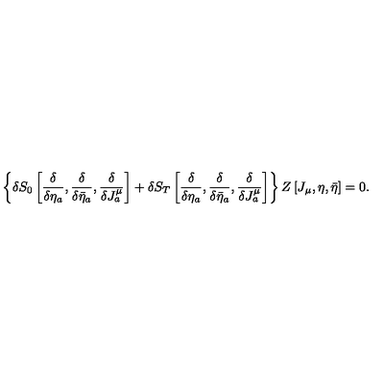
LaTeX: \left\{ \delta S _ { 0 } \left[ { \frac { \delta } { \delta \eta _ { a } } } , { \frac { \delta } { \delta \bar { \eta } _ { a } } } , { \frac { \delta } { \delta J _ { a } ^ { \mu } } } \right] + \delta S _ { T } \left[ { \frac { \delta } { \delta \eta _ { a } } } , { \frac { \delta } { \delta \bar { \eta } _ { a } } } , { \frac { \delta } { \delta J _ { a } ^ { \mu } } } \right] \right\} Z \left[ J _ { \mu } , \eta , \bar { \eta } \right] = 0 .